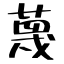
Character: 蔑